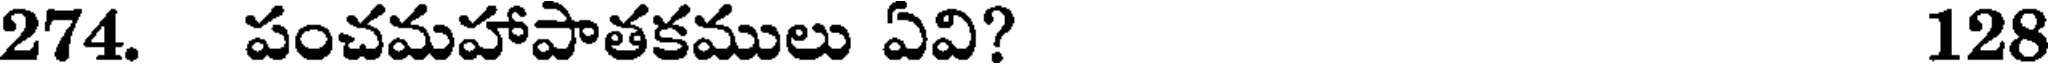
274. పంచమహాపాతకములు ఏవి? 128